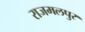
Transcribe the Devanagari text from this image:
राजमलपुर